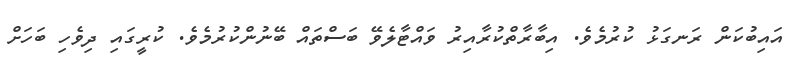
އައިބުކަން ރަނގަޅު ކުރުމެވެ. އިބާރާތްކުރާއިރު ވައްޓާލެވޭ ބަސްތައް ބޭނުންކުރުމެވެ. ކުރީގައި ދިވެހި ބަހަށް